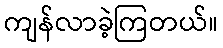
ကျန်လာခဲ့ကြတယ်။